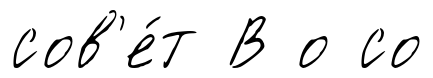
сов'е́т В о со